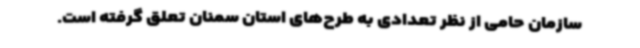
سازمان حامی از نظر تعدادی به طرح‌های استان سمنان تعلق گرفته است.